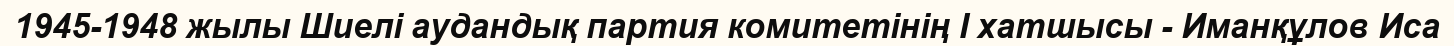
1945-1948 жылы Шиелі аудандық партия комитетінің І хатшысы - Иманқұлов Иса